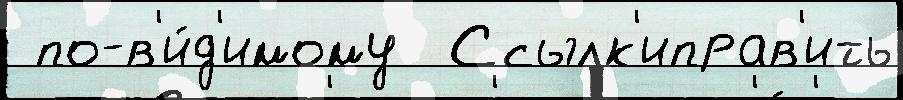
 по-в'и́д'имому  Ссылк'иправ'ить